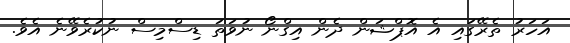
އަހަރު ތެރޭގައި އެ އޮޕްޝަން ދެން އިގްނޯ ނުވަތަ ޑިސްމިސް ނުކުރެވޭނެ އެވެ.